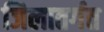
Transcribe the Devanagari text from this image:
जिलातर्गत